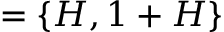
= \{ H , 1 + H \}